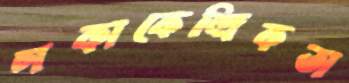
ঢাকাকেন্দ্রিকতা